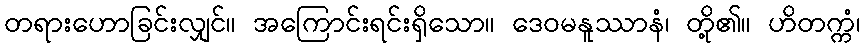
တရားဟောခြင်းလျှင်။ အကြောင်းရင်းရှိသော။ ဒေဝမနူဿာနံ၊ တို့၏။ ဟိတက္ကံ၊